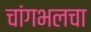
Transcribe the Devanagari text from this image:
चांगभलचा